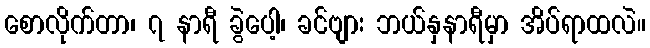
စောလိုက်တာ၊ ၇ နာရီ ခွဲပေါ့၊ ခင်ဗျား ဘယ်နှနာရီမှာ အိပ်ရာထလဲ။